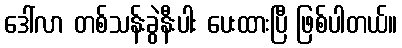
ဒေါ်လာ တစ်သန်းခွဲနီးပါး ပေးထားပြီ ဖြစ်ပါတယ်။